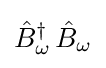
{\hat {B}}_{\omega }^{\dagger }\,{\hat {B}}_{\omega }